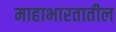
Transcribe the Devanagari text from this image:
माहाभारतातील